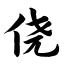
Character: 侥